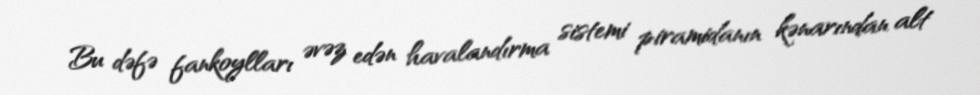
Bu dəfə fankoylları əvəz edən havalandırma sistemi piramidanın kənarından alt